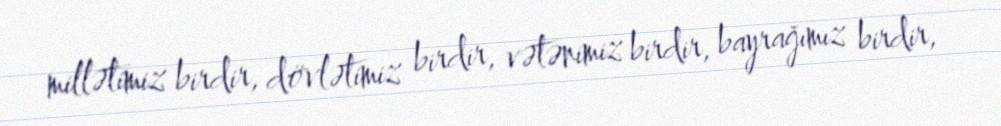
millətimiz birdir, dövlətimiz birdir, vətənimiz birdir, bayrağımız birdir,